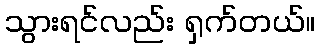
သွားရင်လည်း ရှက်တယ်။